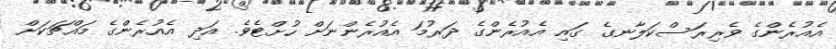
އެއުރެންގެ ވެރިރަސްކަލާނގެ ގައި އެއުރެންގެ ދަރުމަ އެއުރެންނަށް ހުށްޓެވެ. އަދި އެއުރެންގެ މައްޗަކަށް